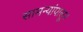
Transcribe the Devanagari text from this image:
सामन्यांपासून